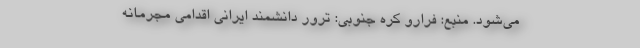
می‌شود. منبع: فرارو کره جنوبی: ترور دانشمند ایرانی اقدامی مجرمانه